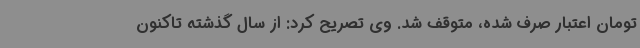
تومان اعتبار صرف شده، متوقف شد. وی تصریح کرد: از سال گذشته تاکنون